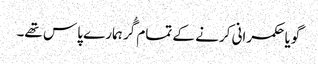
گویا حکمرانی کرنے کے تمام گُر ہمارے پاس تھے۔